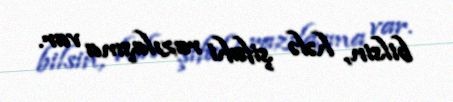
bilsin, hələ şifahi razılaşma var.